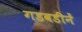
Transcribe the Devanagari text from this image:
गडबडीनें